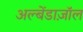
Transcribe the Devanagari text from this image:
अल्बेंडाज़ॉल